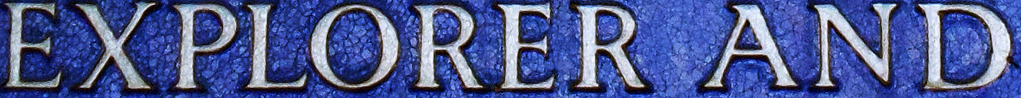
EXPLORER AND